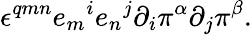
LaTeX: \epsilon^{qmn}{e_{m}}^{i}{e_{n}}^{j}\partial_{i}\pi^{\alpha}\partial_{j}\pi^{\beta}.